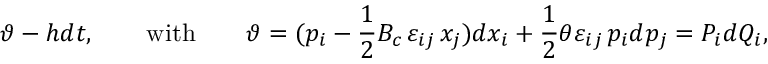
\vartheta - h d t , \qquad \mathrm { w i t h } \qquad \vartheta = ( p _ { i } - \frac { 1 } { 2 } { B _ { c } } \, \varepsilon _ { i j } \, x _ { j } ) d x _ { i } + \frac { 1 } { 2 } \theta \varepsilon _ { i j } \, p _ { i } d p _ { j } = P _ { i } d Q _ { i } ,